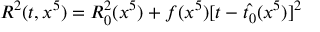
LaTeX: R ^ { 2 } ( t , x ^ { 5 } ) = R _ { 0 } ^ { 2 } ( x ^ { 5 } ) + f ( x ^ { 5 } ) [ t - \hat { t _ { 0 } } ( x ^ { 5 } ) ] ^ { 2 }